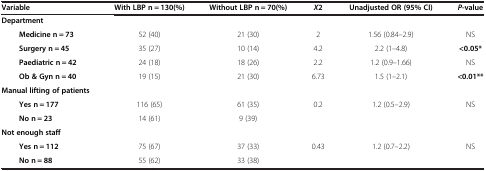
<table><thead><tr><td><b>Variable</b></td><td><b>With LBP n = 130(%)</b></td><td><b>Without LBP n = 70(%)</b></td><td><b><i>X</i>2</b></td><td><b>Unadjusted OR (95% CI)</b></td><td><b><i>P</i>-value</b></td></tr></thead><tbody><tr><td><b>Department</b></td><td> </td><td> </td><td> </td><td> </td><td> </td></tr><tr><td><b>Medicine n = 73</b></td><td>52 (40)</td><td>21 (30)</td><td>2</td><td>1.56 (0.84–2.9)</td><td>NS</td></tr><tr><td><b>Surgery n = 45</b></td><td>35 (27)</td><td>10 (14)</td><td>4.2</td><td>2.2 (1–4.8)</td><td><b>&lt;0.05*</b></td></tr><tr><td><b>Paediatric n = 42</b></td><td>24 (18)</td><td>18 (26)</td><td>2.2</td><td>1.2 (0.9–1.66)</td><td>NS</td></tr><tr><td><b>Ob &amp; Gyn n = 40</b></td><td>19 (15)</td><td>21 (30)</td><td>6.73</td><td>1.5 (1–2.1)</td><td><b>&lt;0.01**</b></td></tr><tr><td><b>Manual lifting of patients</b></td><td> </td><td> </td><td> </td><td> </td><td> </td></tr><tr><td><b>Yes n = 177</b></td><td>116 (65)</td><td>61 (35)</td><td>0.2</td><td>1.2 (0.5–2.9)</td><td>NS</td></tr><tr><td><b>No n = 23</b></td><td>14 (61)</td><td>9 (39)</td><td> </td><td> </td><td> </td></tr><tr><td><b>Not enough staff</b></td><td> </td><td> </td><td> </td><td> </td><td> </td></tr><tr><td><b>Yes n = 112</b></td><td>75 (67)</td><td>37 (33)</td><td>0.43</td><td>1.2 (0.7–2.2)</td><td>NS</td></tr><tr><td><b>No n = 88</b></td><td>55 (62)</td><td>33 (38)</td><td> </td><td> </td><td> </td></tr></tbody></table>